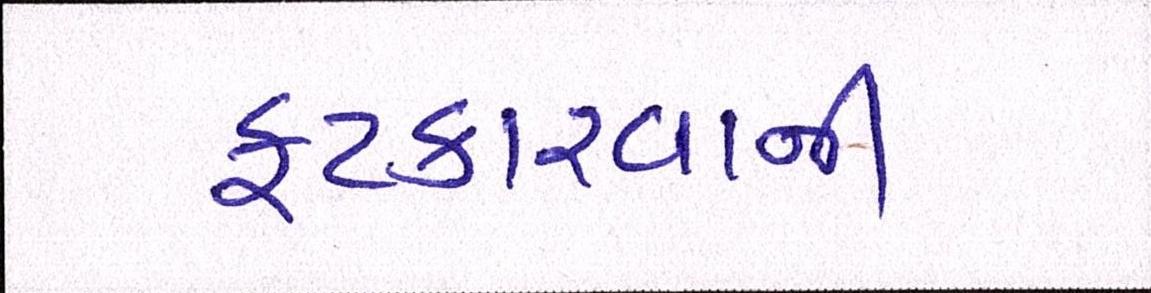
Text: ફટકારવાની